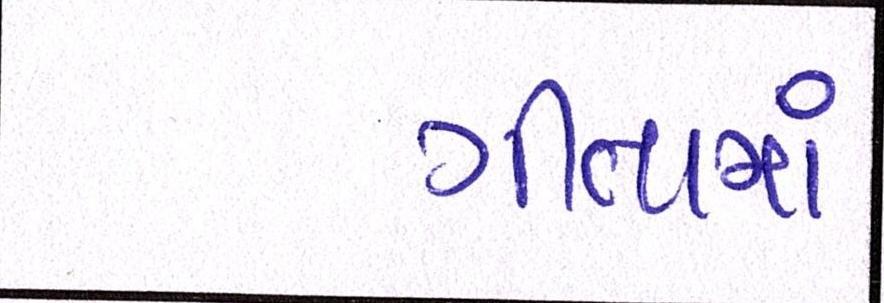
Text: ગીતામાં